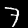
Label: 7